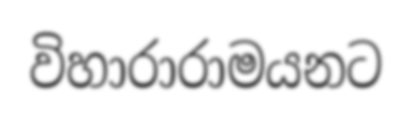
විහාරාරාමයනට